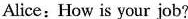
Alice:How is your job?